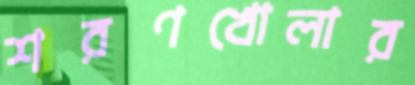
শরণখোলার